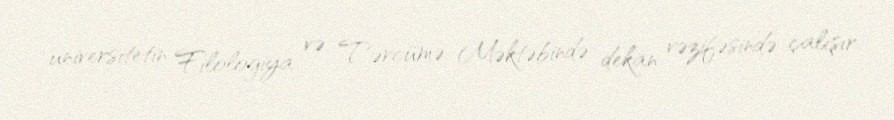
universitetin Filologiya və Tərcümə Məktəbində dekan vəzifəsində çalışır.